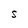
Character: S